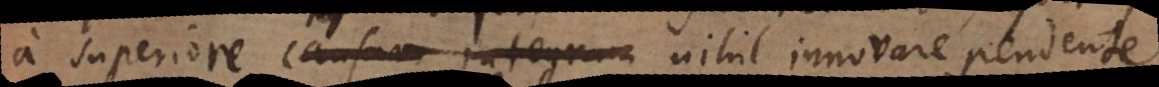
a superiore causam integram nihil innovare pendente